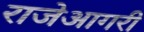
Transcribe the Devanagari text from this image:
राजेआगरी